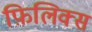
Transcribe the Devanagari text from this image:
फ़िलिक्स